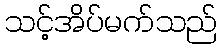
သင့်အိပ်မက်သည်